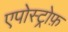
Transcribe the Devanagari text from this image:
एपोस्ट्रोफ़